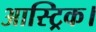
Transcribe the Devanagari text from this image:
आस्ट्रिक।